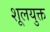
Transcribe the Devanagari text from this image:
शूलयुक्त